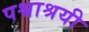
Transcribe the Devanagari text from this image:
पश्वाश्रयी